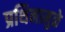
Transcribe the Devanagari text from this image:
प्रथिनामुळे